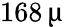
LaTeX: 168\, \upmu